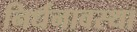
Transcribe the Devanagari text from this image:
निर्धनावस्था